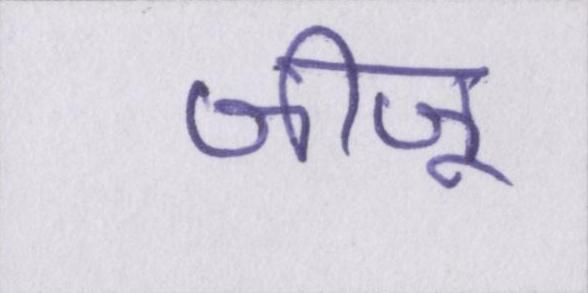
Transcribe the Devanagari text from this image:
जीजू